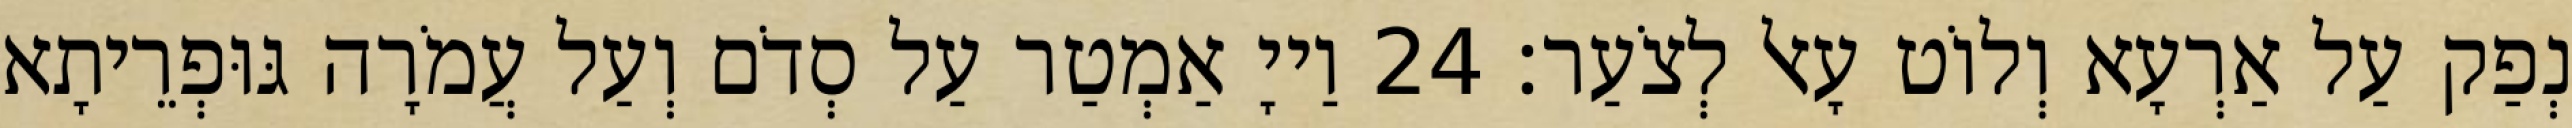
נְפַק עַל אַרְעָא וְלוֹט עָאל לְצֹעַר׃ 24 וַייָ אַמְטַר עַל סְדֹם וְעַל עֲמֹרָה גּוּפְרֵיתָא